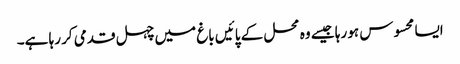
ایسا محسوس ہو رہا جیسے وہ محل کے پائیں باغ میں چہل قدمی کر رہا ہے۔